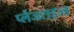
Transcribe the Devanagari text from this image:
प्लैजराइज्ड